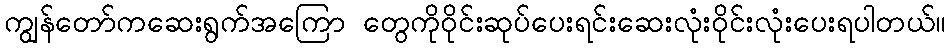
ကျွန်တော်ကဆေးရွက်အကြော တွေကိုဝိုင်းဆုပ်ပေးရင်းဆေးလုံးဝိုင်းလုံးပေးရပါတယ်။